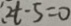
2 t - 5 = 0